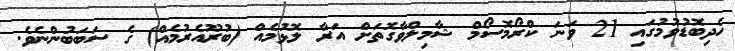
ހެދިބޮޑުވުމުގައި 21 ވަނަ ކްރޯމޮސޯމް ޝާމިލްވާގޮތަށް އަރާ ލޮޅުމެއް (ބުރޫއެރުމެއް) ގެ ސަބަބުންނެވެ.